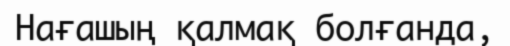
Нағашың қалмақ болғанда,